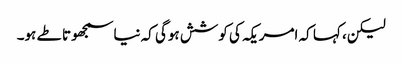
لیکن، کہا کہ امریکہ کی کوشش ہوگی کہ نیا سمجھوتا طے ہو۔